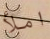
املأ